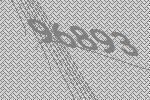
96893